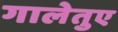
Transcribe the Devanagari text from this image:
गालेतुए